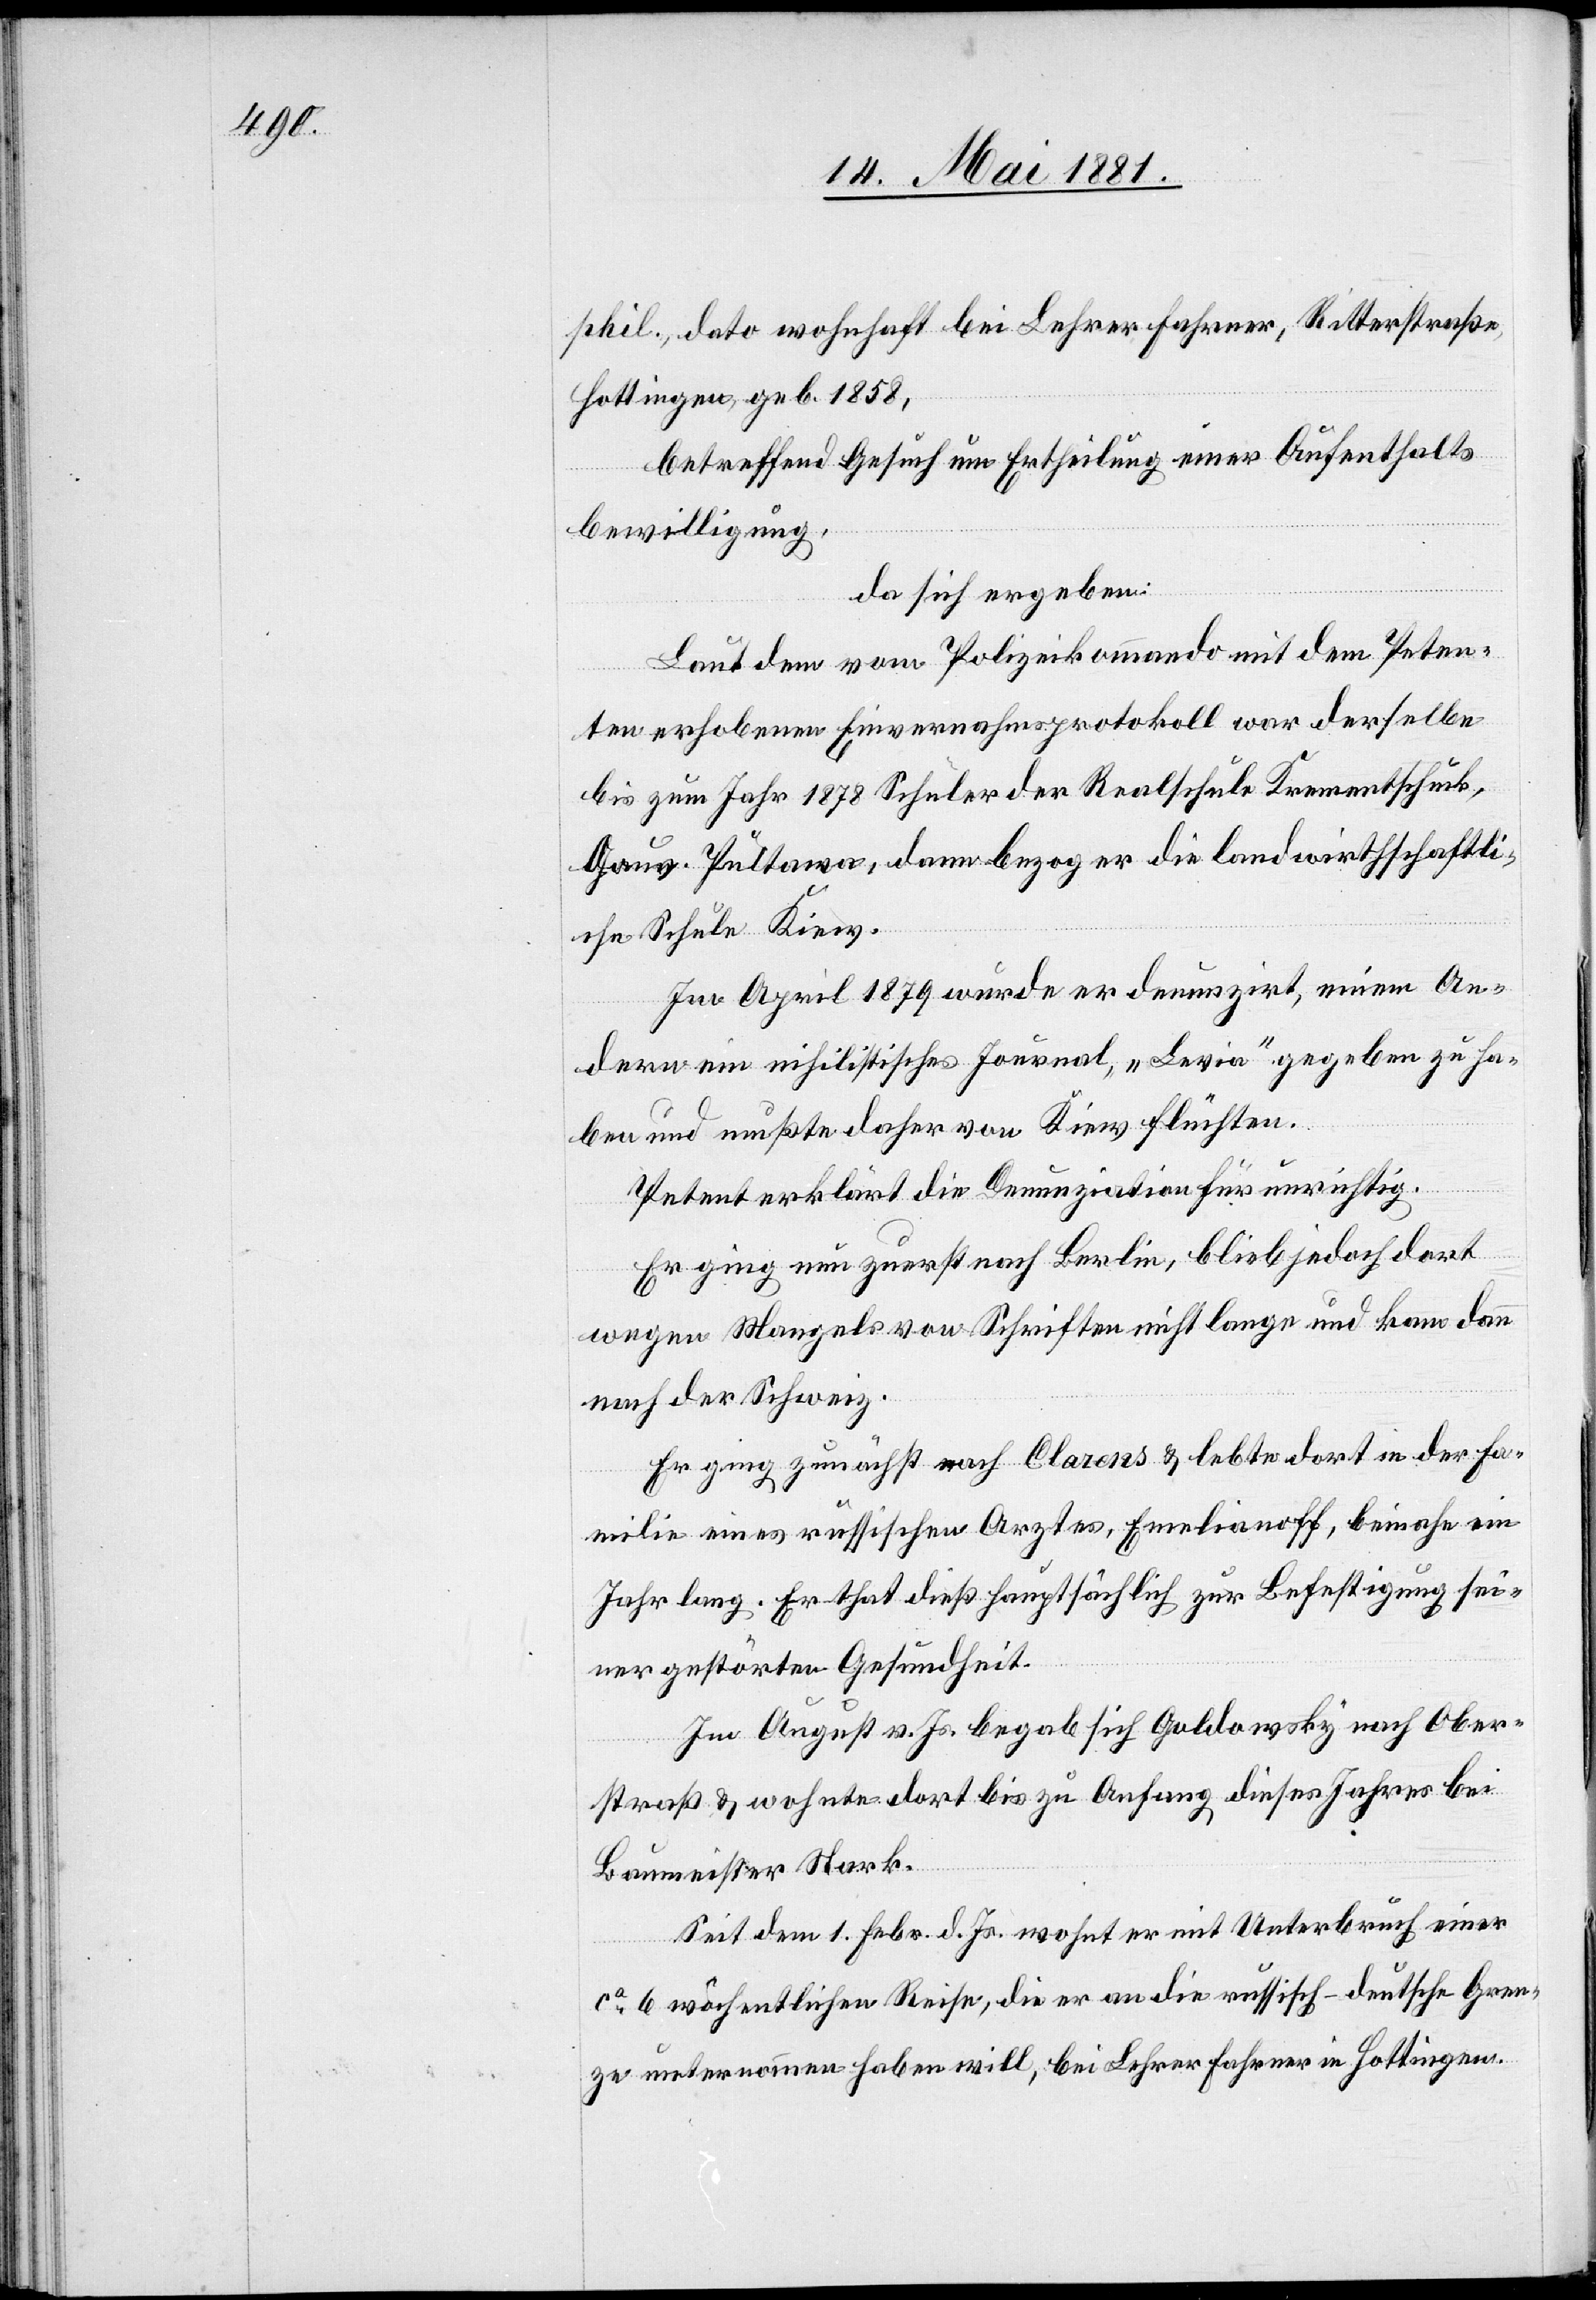
phil., dato wohnhaft bei Lehrer Fahrner, Ritterstraße
Hottingen, geb. 1858,
betreffend Gesuch um Ertheilung einer Aufenthalts¬
bewilligung,
da sich ergeben:
Laut dem vom Polizeikommando mit dem Peten¬
ten erhobenen Einvernahmsprotokoll war derselbe
bis zum Jahr 1878 Schüler der Realschule Krementschuck,
Gouv. Pultawa, dann bezog er die landwirthschaftli¬
che Schule Kiew.
Im April 1879 wurde er denunzirt, einem An¬
dern ein nihilistisches Journal, „Levia“ gegeben zu ha¬
ben und mußte daher von Kiew flüchten.
Petent erklärt die Denunziation für unrichtig.
Er ging nun zu recht nach Berlin, blieb jedoch dort
wegen Mangels von Schriften nicht lange und kam dann
nach der Schweiz.
Er ging zunächst nach Clarons & lebte dort in der Fa¬
milie eines russischen Arztes, Emelianoff, beinahe ein
Jahr lang. Er that dieß hauptsächlich zur Befestigung sei¬
ner gestörten Gesundheit.
Im August v. Js. begab sich Goldowsky nach Ober¬
straß & wohnte dort bis zu Anfang dieses Jahres bei
Baumeister Stark.
Seit dem 1. Febr. d. Js. wohnt er mit Unterbruch einer
ca 6 wöchentlichen Reise, die er an die russisch-deutsche Gren¬
ze unternommen haben will, bei Lehrer Fahrner in Hottingen.